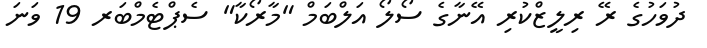
ދުވަހުގެ ރޭ ރިލީޒްކުރި އޭނާގެ ސޯލޯ އަލްބަމް "މާރޯކާ" ސެޕްޓެމްބަރ 19 ވަނަ